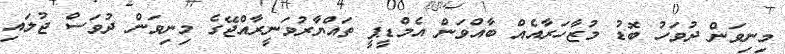
މިނިވަން ދުވަހު ބޮޑު މުޒާހަރާއެއް ބާއްވަން އެމްޑީޕީ ތައްޔާރުވަނީރާއްޖޭގެ މިނިވަން ދުވަސް ޖުލައި